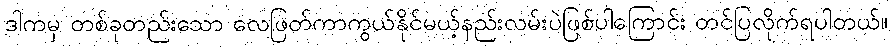
ဒါကမှ တစ်ခုတည်းသော လေဖြတ်ကာကွယ်နိုင်မယ့်နည်းလမ်းပဲဖြစ်ပါကြောင်း တင်ပြလိုက်ရပါတယ်။